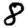
Digit: 8